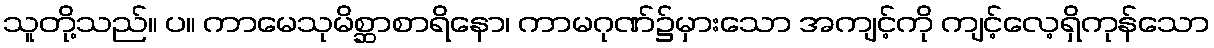
သူတို့သည်။ ပ။ ကာမေသုမိစ္ဆာစာရိနော၊ ကာမဂုဏ်၌မှားသော အကျင့်ကို ကျင့်လေ့ရှိကုန်သော